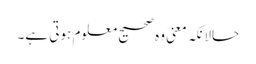
حالانکہ معنیً وہ صحیح معلوم ہوتی ہے۔